Report on the working of the Ranchi Indian Mental Hospital, Kanke, in Bihar and Orissa - 1930-1940
Year: 1930
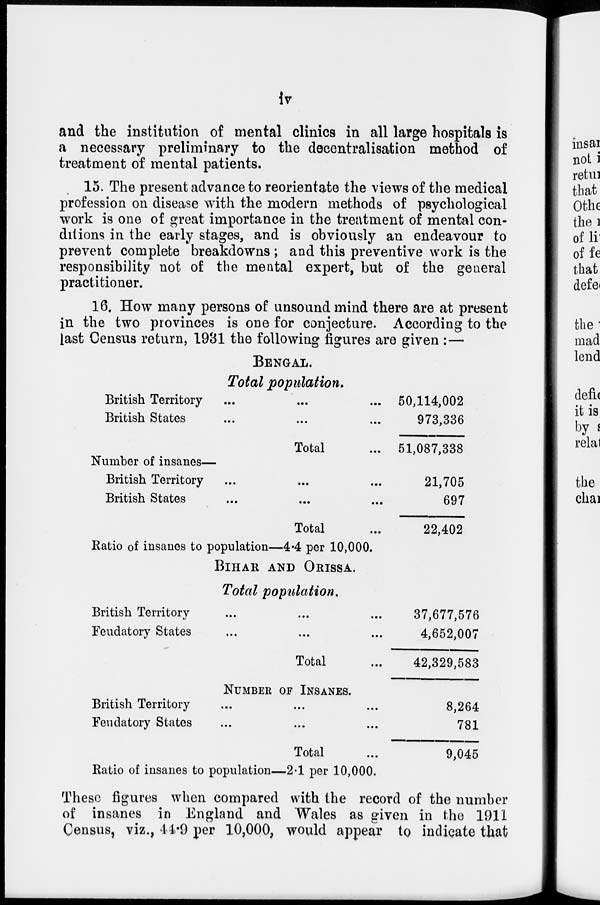
iv
and the institution of mental clinics in all large hospitals is
a necessary preliminary to the decentralisation method of
treatment of mental patients.
15. The present advance to reorientate the views of the medical
profession on disease with the modern methods of psychological
work is one of great importance in the treatment of mental con-
ditions in the early stages, and is obviously an endeavour to
prevent complete breakdowns ; and this preventive work is the
responsibility not of the mental expert, but of the general
practitioner.
16. How many persons of unsound mind there are at present
in the two provinces is one for conjecture. According to the
last Census return, 1931 the following figures are given :—
BENGAL.
Total population.
British Territory ... ... ...
British States ... ... ...
Total ...
Number of insanes—
British Territory ... ... ...
British States ... ... ...
Total ...
Ratio of insanes to population—4.4 per 10,000.
50,114,002
973,336
51,087,338
21,705
697
22,402
BIHAR AND ORISSA.
Total population.
British Territory...
...
...
Feudatory States...
...
...
Total ...
37,677,576
4,652,007
42,329,583
NUMBER OF INSANES.
British
Territory...
...
...
Feudatory
States...
...
...
Total ...
Ratio of insanes to population—2.1 per 10,000.
8,264
781
9,045
These figures when compared with the record of the number
of insanes in England and Wales as given in the 1911
Census, viz., 44.9 per 10,000, would appear to indicate that